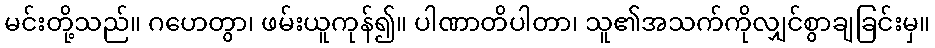
မင်းတို့သည်။ ဂဟေတွာ၊ ဖမ်းယူကုန်၍။ ပါဏာတိပါတာ၊ သူ၏အသက်ကိုလျှင်စွာချခြင်းမှ။